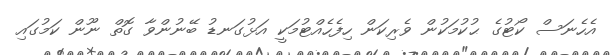
އެހެނަސް ކޯޓުގެ ޙުކުމަކުން ވެރިކަން ހިފެހެއްޓުމަކީ އަޅުގަނޑު ބޭނުންވާ ގޮތް ނޫން ކަމުގައި